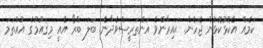
ކަމެއް އެކޮޅުކޮޅުން ޖެހެން. ޙައިރާންވެ އަންތަރީސްވެދާނެ! ބަލަ ބްރޯ އެއީ މިޤައުމުގެ އުއްތަމަ